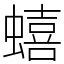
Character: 蟢